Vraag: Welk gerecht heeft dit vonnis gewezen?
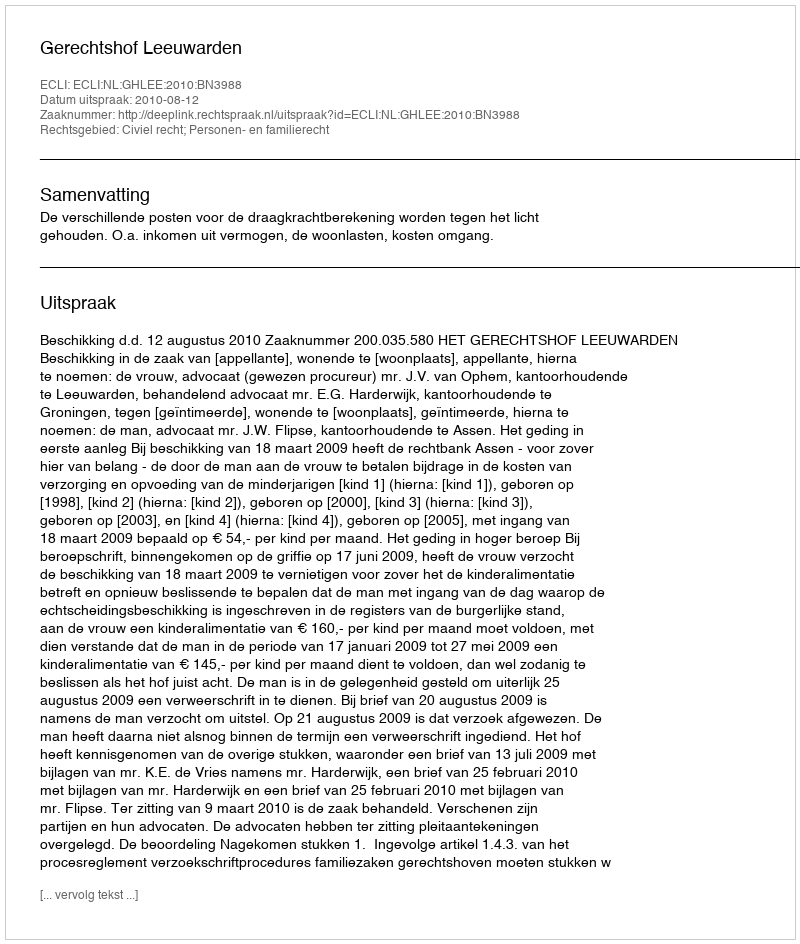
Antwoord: Gerechtshof Leeuwarden